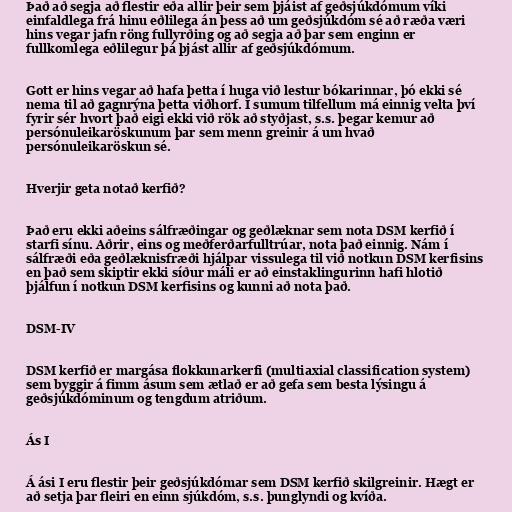
Það að segja að flestir eða allir þeir sem þjáist af geðsjúkdómum víki
einfaldlega frá hinu eðlilega án þess að um geðsjúkdóm sé að ræða væri
hins vegar jafn röng fullyrðing og að segja að þar sem enginn er
fullkomlega eðlilegur þá þjást allir af geðsjúkdómum.

Gott er hins vegar að hafa þetta í huga við lestur bókarinnar, þó ekki sé
nema til að gagnrýna þetta viðhorf. Í sumum tilfellum má einnig velta því
fyrir sér hvort það eigi ekki við rök að styðjast, s.s. þegar kemur að
persónuleikaröskunum þar sem menn greinir á um hvað
persónuleikaröskun sé.

Hverjir geta notað kerfið?

Það eru ekki aðeins sálfræðingar og geðlæknar sem nota DSM kerfið í
starfi sínu. Aðrir, eins og meðferðarfulltrúar, nota það einnig. Nám í
sálfræði eða geðlæknisfræði hjálpar vissulega til við notkun DSM kerfisins
en það sem skiptir ekki síður máli er að einstaklingurinn hafi hlotið
þjálfun í notkun DSM kerfisins og kunni að nota það.

DSM-IV

DSM kerfið er margása flokkunarkerfi (multiaxial classification system)
sem byggir á fimm ásum sem ætlað er að gefa sem besta lýsingu á
geðsjúkdóminum og tengdum atriðum.

Ás I

Á ási I eru flestir þeir geðsjúkdómar sem DSM kerfið skilgreinir. Hægt er
að setja þar fleiri en einn sjúkdóm, s.s. þunglyndi og kvíða.